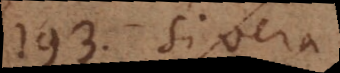
193) Si vera